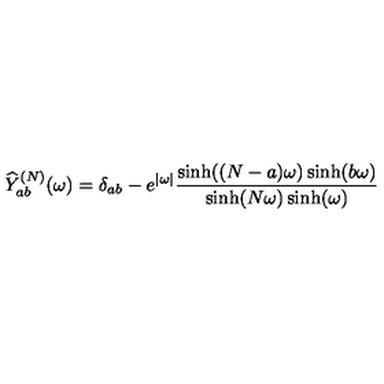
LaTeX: \widehat { Y } _ { a b } ^ { ( N ) } ( \omega ) = \delta _ { a b } - e ^ { | \omega | } \frac { \sinh ( ( N - a ) \omega ) \sinh ( b \omega ) } { \sinh ( N \omega ) \sinh ( \omega ) }